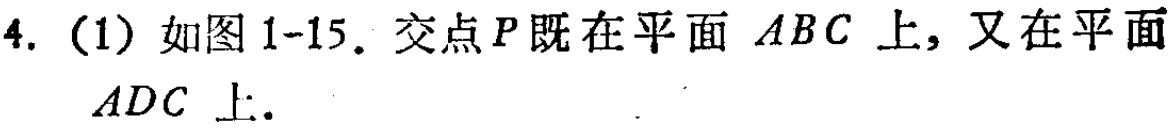
4. (1) 如图1-15. 交点\(P\)既在平面 \(ABC\) 上, 又在平面 \(ADC\) 上.